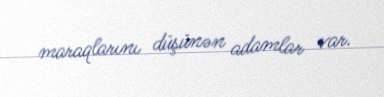
maraqlarını düşünən adamlar var.